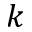
k